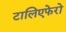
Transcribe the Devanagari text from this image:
टालिएफेरो